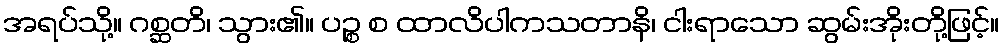
အရပ်သို့။ ဂစ္ဆတိ၊ သွား၏။ ပဉ္စ စ ထာလိပါကသတာနိ၊ ငါးရာသော ဆွမ်းအိုးတို့ဖြင့်။